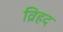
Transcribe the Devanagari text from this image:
व्रिहद